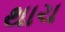
થાચ